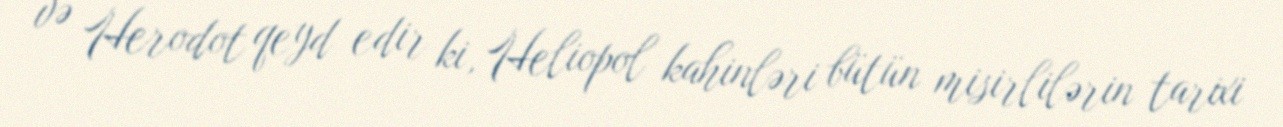
və Herodot qeyd edir ki, Heliopol kahinləri bütün misirlilərin tarixi